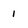
Character: 1